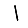
Digit: 1